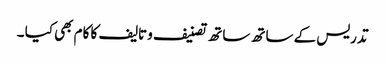
تدریس کے ساتھ ساتھ تصنیف وتالیف کا کام بھی کیا ۔